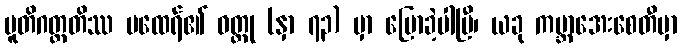
ပူတိဂတ္တတိဿ မထေရ်၏ ဝတ္ထု (နှာ ၇၃) မှာ ပြောခဲ့ပါပြီ၊ ယခု ကမ္ဘာအေးစေတီမှာ